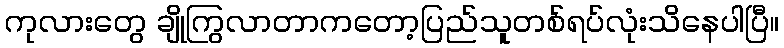
ကုလားတွေ ချိုကြွလာတာကတော့ပြည်သူတစ်ရပ်လုံးသိနေပါပြီ။